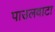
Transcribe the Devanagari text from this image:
पाउलवाटा